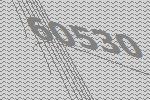
60530